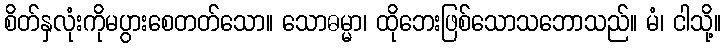
စိတ်နှလုံးကိုမပွားစေတတ်သော။ သောဓမ္မာ၊ ထိုဘေးဖြစ်သောသဘောသည်။ မံ၊ ငါသို့။